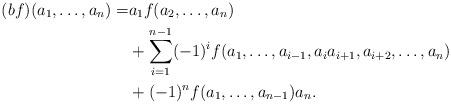
LaTeX: \begin{align*} (b f)(a_1, \ldots , a_n) = &a_1 f(a_2, \ldots, a_n)\\ &+ \sum_{i=1}^{n-1}(-1)^i f(a_1, \ldots, a_{i-1}, a_ia_{i+1}, a_{i+2}, \ldots, a_n)\\&+ (-1)^n f(a_1, \ldots, a_{n-1})a_n.\end{align*}